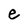
Character: e